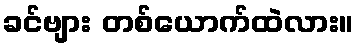
ခင်ဗျား တစ်ယောက်ထဲလား။